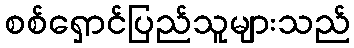
စစ်ရှောင်ပြည်သူများသည်